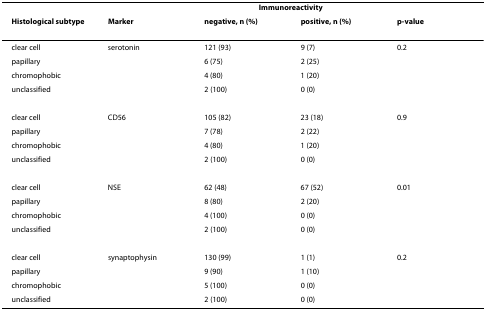
<table><thead><tr><td></td><td></td><td colspan="2"><b>Immunoreactivity</b></td><td></td></tr><tr><td><b>Histological subtype</b></td><td><b>Marker</b></td><td><b>negative, n (%)</b></td><td><b>positive, n (%)</b></td><td><b>p-value</b></td></tr></thead><tbody><tr><td>clear cell</td><td>serotonin</td><td>121 (93)</td><td>9 (7)</td><td>0.2</td></tr><tr><td>papillary</td><td></td><td>6 (75)</td><td>2 (25)</td><td></td></tr><tr><td>chromophobic</td><td></td><td>4 (80)</td><td>1 (20)</td><td></td></tr><tr><td>unclassified</td><td></td><td>2 (100)</td><td>0 (0)</td><td></td></tr><tr><td>clear cell</td><td>CD56</td><td>105 (82)</td><td>23 (18)</td><td>0.9</td></tr><tr><td>papillary</td><td></td><td>7 (78)</td><td>2 (22)</td><td></td></tr><tr><td>chromophobic</td><td></td><td>4 (80)</td><td>1 (20)</td><td></td></tr><tr><td>unclassified</td><td></td><td>2 (100)</td><td>0 (0)</td><td></td></tr><tr><td>clear cell</td><td>NSE</td><td>62 (48)</td><td>67 (52)</td><td>0.01</td></tr><tr><td>papillary</td><td></td><td>8 (80)</td><td>2 (20)</td><td></td></tr><tr><td>chromophobic</td><td></td><td>4 (100)</td><td>0 (0)</td><td></td></tr><tr><td>unclassified</td><td></td><td>2 (100)</td><td>0 (0)</td><td></td></tr><tr><td>clear cell</td><td>synaptophysin</td><td>130 (99)</td><td>1 (1)</td><td>0.2</td></tr><tr><td>papillary</td><td></td><td>9 (90)</td><td>1 (10)</td><td></td></tr><tr><td>chromophobic</td><td></td><td>5 (100)</td><td>0 (0)</td><td></td></tr><tr><td>unclassified</td><td></td><td>2 (100)</td><td>0 (0)</td><td></td></tr></tbody></table>